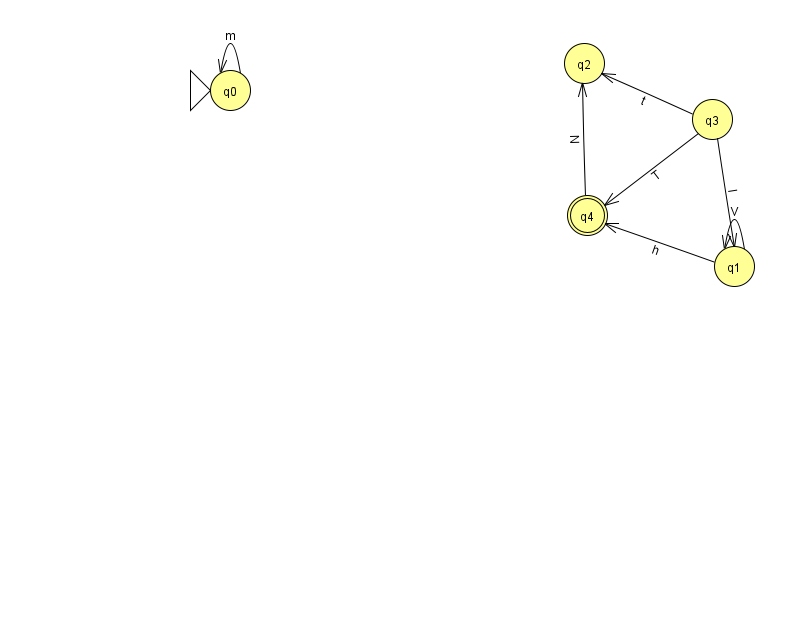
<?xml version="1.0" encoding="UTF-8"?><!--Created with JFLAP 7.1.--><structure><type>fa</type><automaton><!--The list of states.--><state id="0" name="q0"><x>230.0</x><y>77.0</y><initial/></state><state id="1" name="q1"><x>734.0</x><y>253.0</y></state><state id="2" name="q2"><x>584.0</x><y>50.0</y></state><state id="3" name="q3"><x>712.0</x><y>106.0</y></state><state id="4" name="q4"><x>587.0</x><y>202.0</y><final/></state><!--The list of transitions.--><transition><from>3</from><to>4</to><read>T</read></transition><transition><from>1</from><to>1</to><read>V</read></transition><transition><from>3</from><to>2</to><read>t</read></transition><transition><from>3</from><to>1</to><read>l</read></transition><transition><from>1</from><to>4</to><read>h</read></transition><transition><from>0</from><to>0</to><read>m</read></transition><transition><from>4</from><to>2</to><read>N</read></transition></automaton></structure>